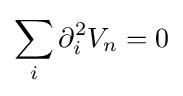
\sum _{i}\partial _{i}^{2}V_{n}=0